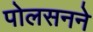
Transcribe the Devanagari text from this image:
पोलसनने